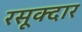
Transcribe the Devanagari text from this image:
रसूक्दार